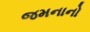
જમનાનો